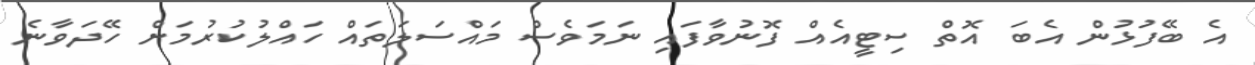
އެ ބޭފުޅުން އެބަ އޮތް ސިޓީއެއް ފޮނުވާފައި ނަމަވެސް މައްސަލަތައް ހައްލުކުރުމަށް ހޭދަވާނެ